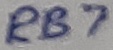
Text: RB7